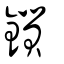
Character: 鎻